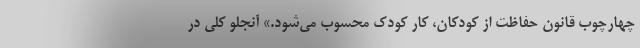
چهارچوب قانون حفاظت از کودکان، کار کودک محسوب می‌شود.» آنجلو کلی در